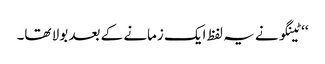
‘‘ ٹینگو نے یہ لفظ ایک زمانے کے بعد بولا تھا۔